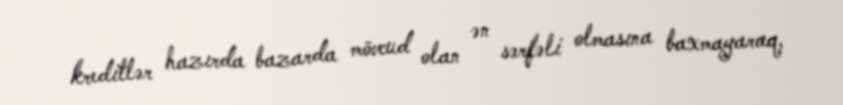
kreditlər hazırda bazarda mövcud olan ən sərfəli olmasına baxmayaraq,